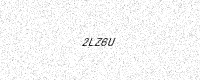
Text: 2LZ6U